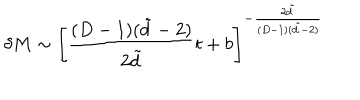
\delta M \sim \left[ \frac { ( D - 1 ) ( \tilde { d } - 2 ) } { 2 \tilde { d } } t + b \right] ^ { - \frac { 2 \tilde { d } } { ( D - 1 ) ( \tilde { d } - 2 ) } }